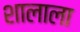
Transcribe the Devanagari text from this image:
शालाला